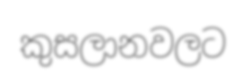
කුසලානවලට